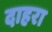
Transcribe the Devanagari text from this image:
दाहरा